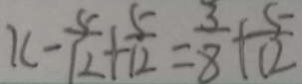
x - \frac { 5 } { 1 2 } + \frac { 5 } { 1 2 } = \frac { 3 } { 8 } + \frac { 5 } { 1 2 }